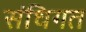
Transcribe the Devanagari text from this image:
संधिगत